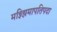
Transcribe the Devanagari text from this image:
मझ्झिमापतिपदा